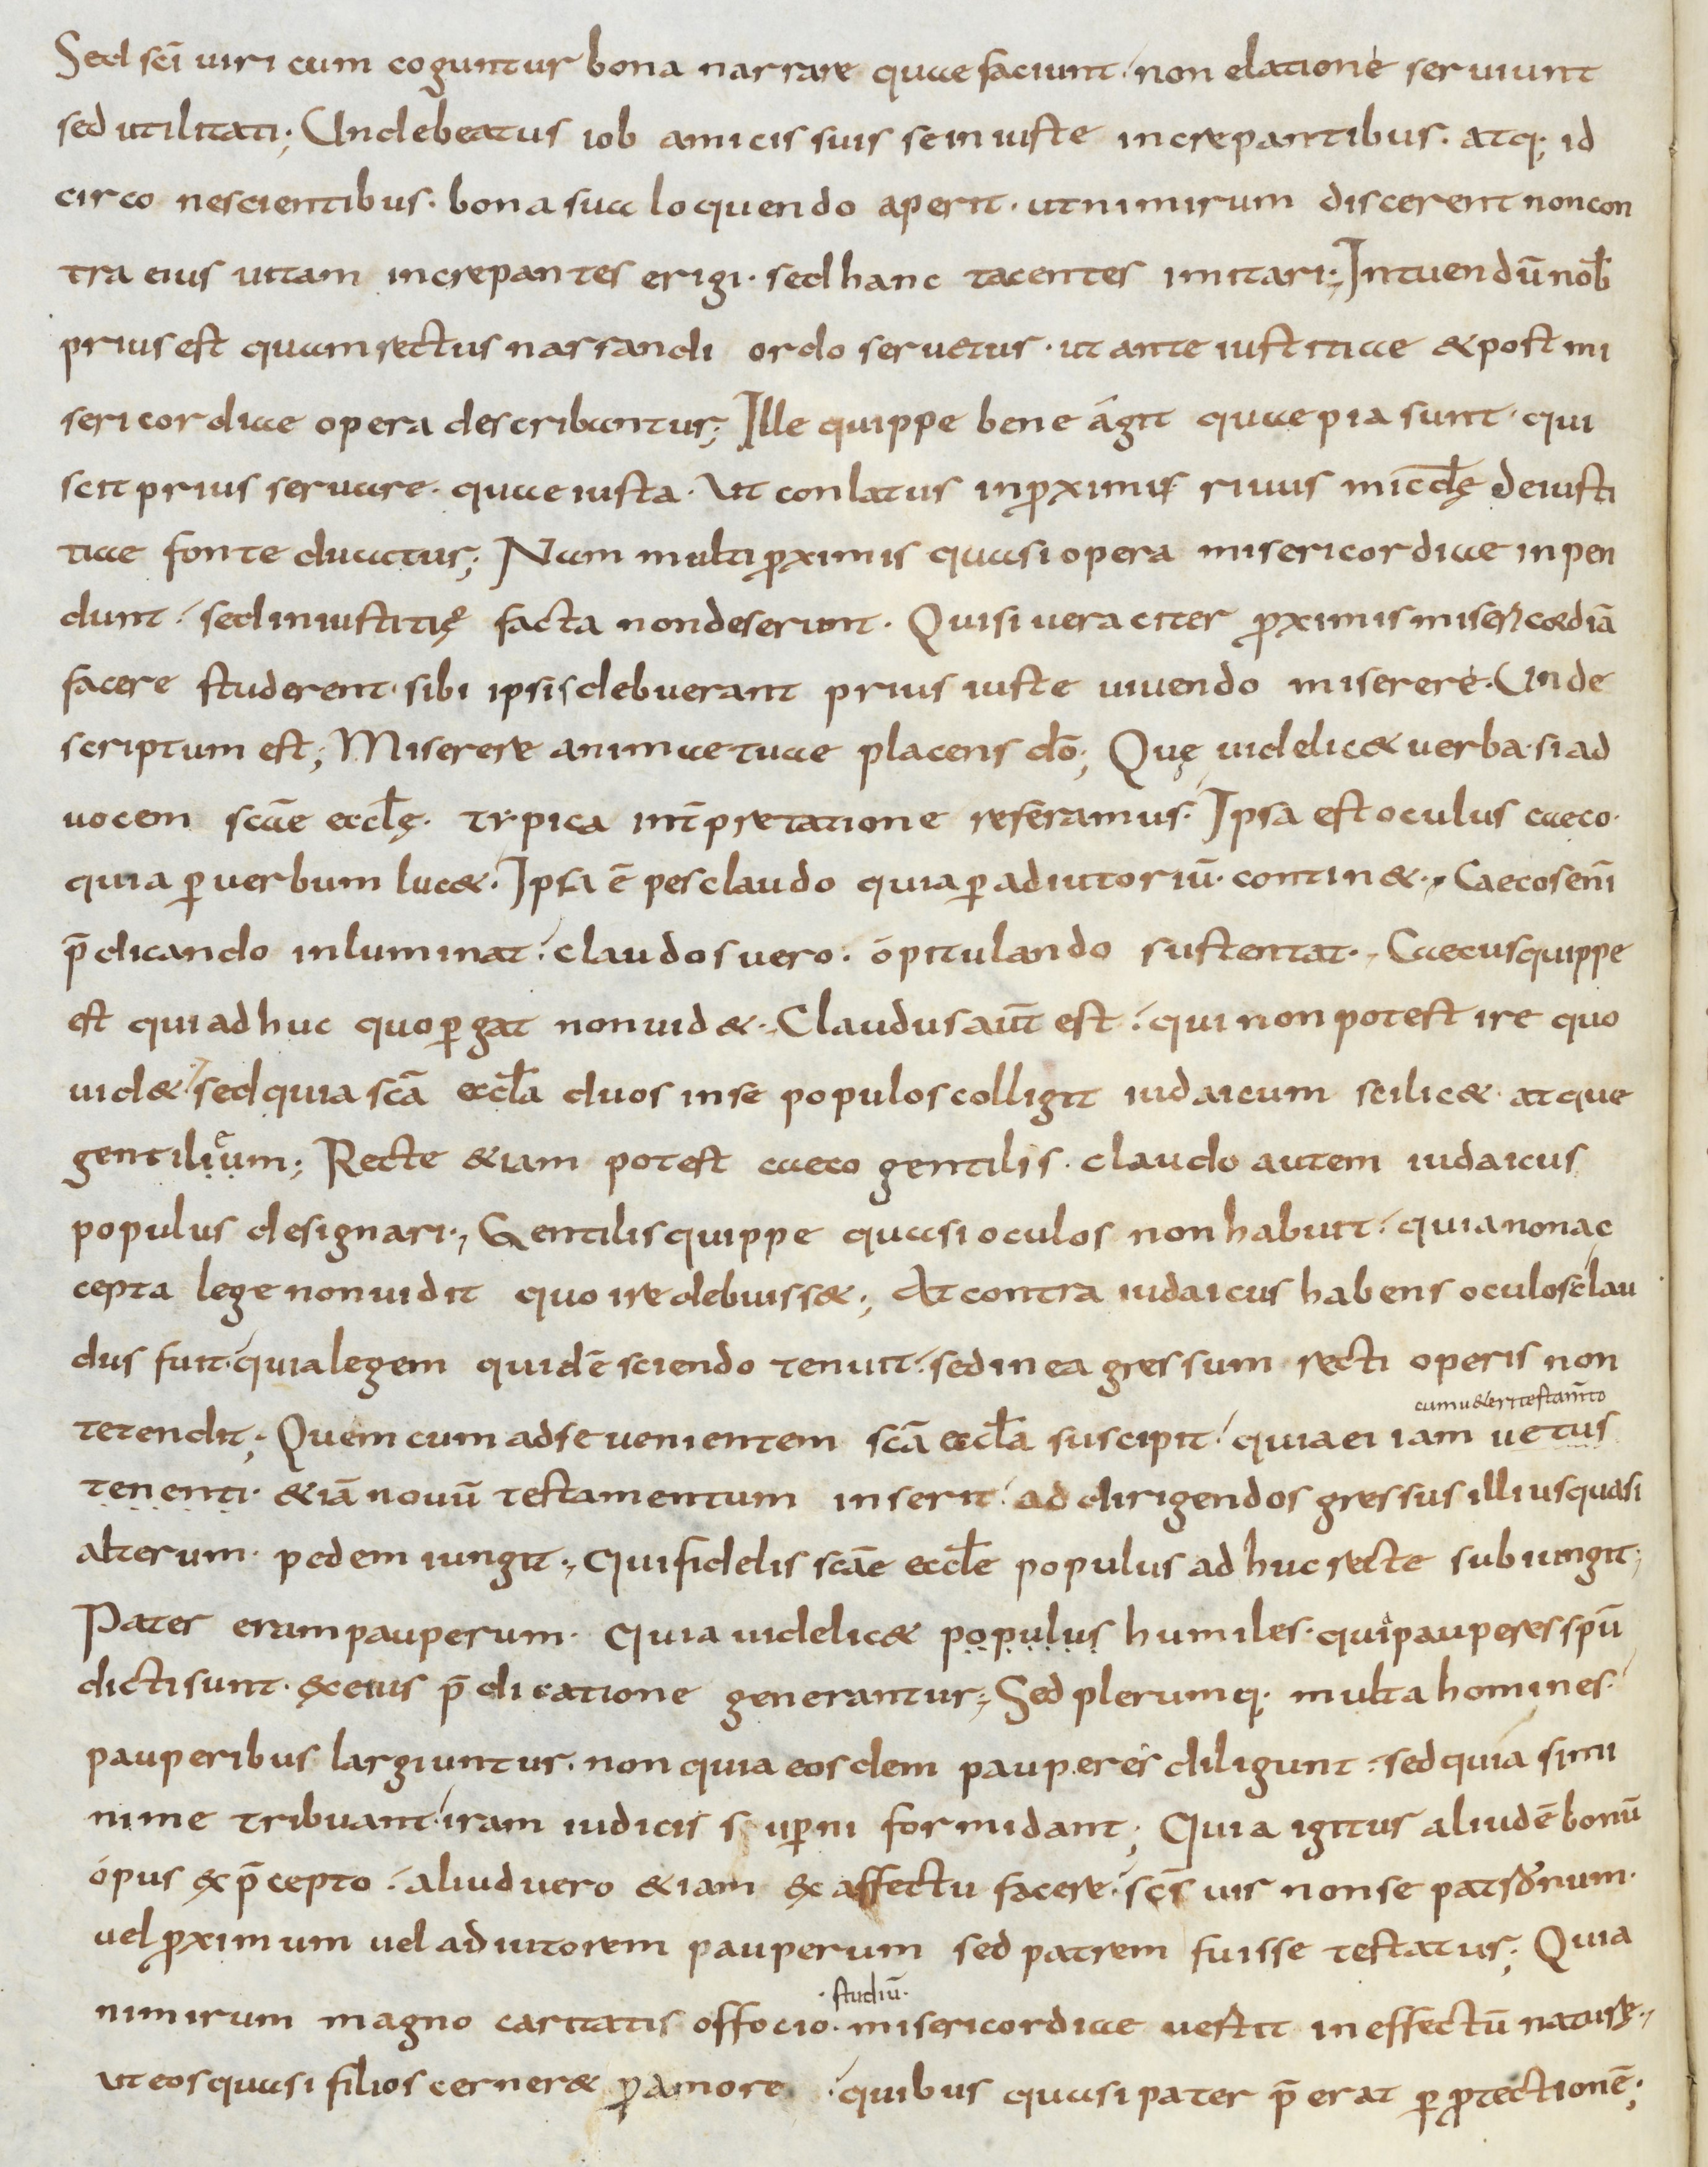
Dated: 900–999